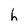
Character: h